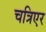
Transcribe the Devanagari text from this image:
चत्रिएर